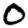
Digit: 0